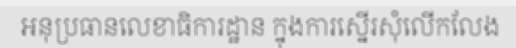
អនុប្រធានលេខាធិការដ្ឋាន ក្នុងការស្នើរសុំលើកលែង